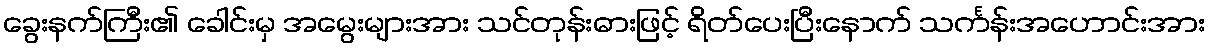
ခွေးနက်ကြီး၏ ခေါင်းမှ အမွေးများအား သင်တုန်းဓားဖြင့် ရိတ်ပေးပြီးနောက် သင်္ကန်းအဟောင်းအား